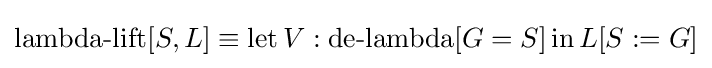
\operatorname {lambda-lift} [S,L]\equiv \operatorname {let} V:\operatorname {de-lambda} [G=S]\operatorname {in} L[S:=G]